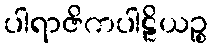
ပါရာဇိကပါဠိယဉ္စ